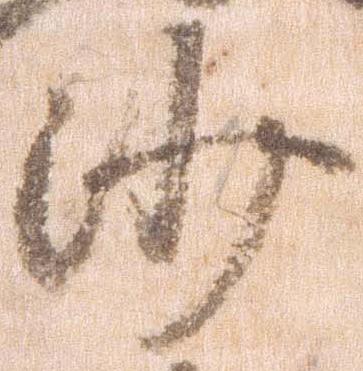
沙